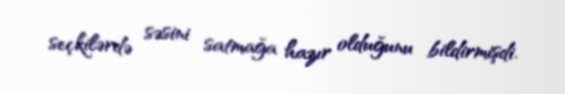
seçkilərdə səsini satmağa hazır olduğunu bildirmişdi.